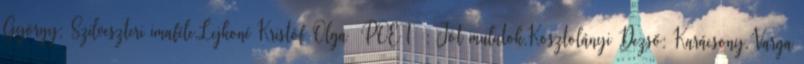
György: Szilveszteri imaféle,Lejkoné Kristóf Olga POET : Jót mulatok,Kosztolányi Dezső: Karácsony,Varga